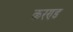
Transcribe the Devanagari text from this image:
करण्ड